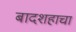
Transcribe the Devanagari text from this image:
बादशहाचा